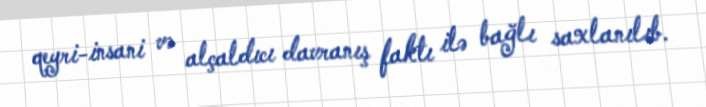
qeyri-insani və alçaldıcı davranış faktı ilə bağlı saxlanılıb.